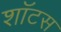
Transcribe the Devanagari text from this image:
शॉटस